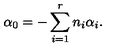
\alpha _ { 0 } = - \sum _ { i = 1 } ^ { r } n _ { i } \alpha _ { i } .